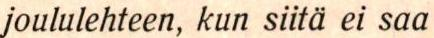
joululehteen, kun siitä ei saa